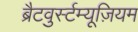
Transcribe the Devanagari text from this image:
ब्रैटवुर्स्टम्यूज़ियम